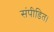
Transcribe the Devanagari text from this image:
संपीडित।